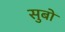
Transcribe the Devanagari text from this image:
सुबों